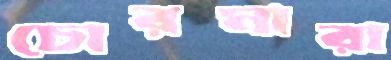
চোরমারা